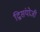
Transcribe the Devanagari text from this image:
द्विसंयोजी